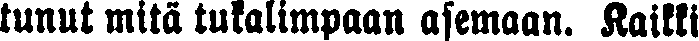
tunut mitä tukalimpaan asemaan. Kaikki